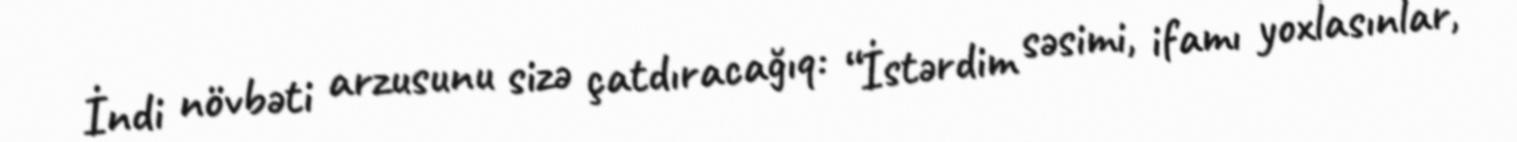
İndi növbəti arzusunu sizə çatdıracağıq: “İstərdim səsimi, ifamı yoxlasınlar,